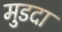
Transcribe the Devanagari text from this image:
मुडदा